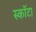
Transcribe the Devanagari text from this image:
स्कॉटा